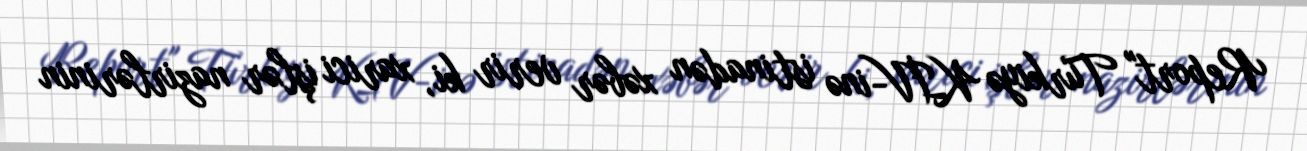
Report" Türkiyə KİV-inə istinadən xəbər verir ki, xarici işlər nazirlərinin